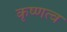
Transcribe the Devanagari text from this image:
कृष्णत्व